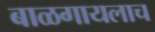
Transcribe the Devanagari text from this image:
बाळगायलाच